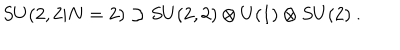
S U ( 2 , 2 | N = 2 ) \supset S U ( 2 , 2 ) \otimes U ( 1 ) \otimes S U ( 2 ) \ .